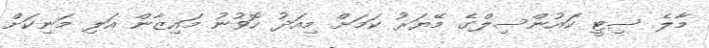
މާލެ ސިޓީ ކައުންސިލްގެ މޭޔަރު ކަމަށް މިއަދު ހޮވުނު މައިޒާން އަލި މަނިކަށް